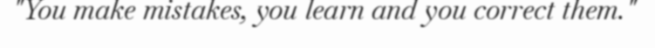
"You make mistakes, you learn and you correct them."